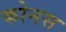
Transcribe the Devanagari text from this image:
कोनस